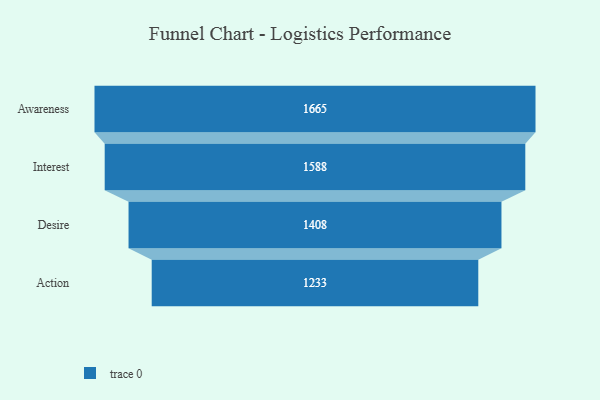
{"axis": {"x": "Stage", "y": "Value"}, "legend": [""], "data": [{"x": "Awareness", "y": 1665.0, "type": ""}, {"x": "Interest", "y": 1588.0, "type": ""}, {"x": "Desire", "y": 1408.0, "type": ""}, {"x": "Action", "y": 1233.0, "type": ""}]}